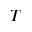
\l ^ { T }